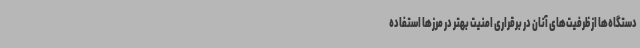
دستگاه‌ها از ظرفیت‌های آنان در برقراری امنیت بهتر در مرزها استفاده